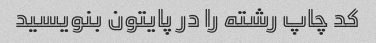
کد چاپ رشته را در پایتون بنویسید